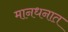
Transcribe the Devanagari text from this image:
मानधनात